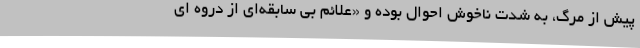
پیش از مرگ، به شدت ناخوش احوال بوده و «علائم بی سابقه‌ای از دروه ای